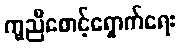
ကူညီစောင့်ရှောက်ရေး